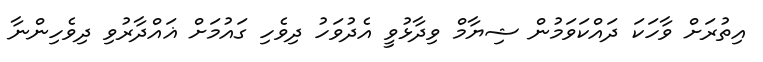
އިތުރަށް ވާހަކަ ދައްކަވަމުން ޝިޔާމް ވިދާޅުވީ އެދުވަހު ދިވެހި ގައުމަށް ޣައްދާރުވި ދިވެހިންނާ